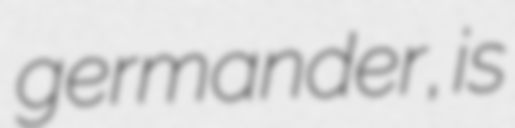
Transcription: germander, is